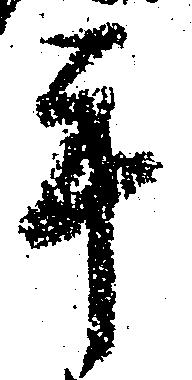
手